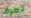
تعرف